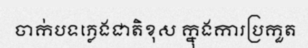
ចាក់បទភ្លេងជាតិខុស ក្នុងការប្រកួត